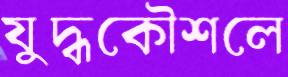
যুদ্ধকৌশলে